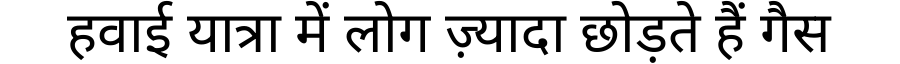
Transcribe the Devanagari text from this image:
हवाई यात्रा में लोग ज़्यादा छोड़ते हैं गैस